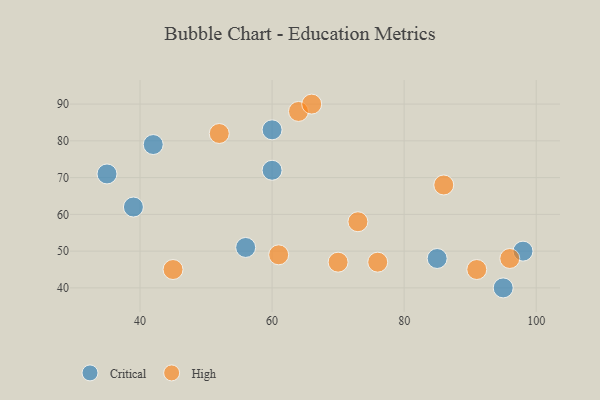
{"axis": {"x": "GDP", "y": "Life Expectancy"}, "legend": ["Critical", "High"], "data": [{"x": "42", "y": 79, "type": "Critical"}, {"x": "39", "y": 62, "type": "Critical"}, {"x": "60", "y": 72, "type": "Critical"}, {"x": "60", "y": 83, "type": "Critical"}, {"x": "98", "y": 50, "type": "Critical"}, {"x": "85", "y": 48, "type": "Critical"}, {"x": "56", "y": 51, "type": "Critical"}, {"x": "95", "y": 40, "type": "Critical"}, {"x": "35", "y": 71, "type": "Critical"}, {"x": "73", "y": 58, "type": "High"}, {"x": "70", "y": 47, "type": "High"}, {"x": "64", "y": 88, "type": "High"}, {"x": "86", "y": 68, "type": "High"}, {"x": "52", "y": 82, "type": "High"}, {"x": "91", "y": 45, "type": "High"}, {"x": "66", "y": 90, "type": "High"}, {"x": "96", "y": 48, "type": "High"}, {"x": "45", "y": 45, "type": "High"}, {"x": "61", "y": 49, "type": "High"}, {"x": "76", "y": 47, "type": "High"}]}